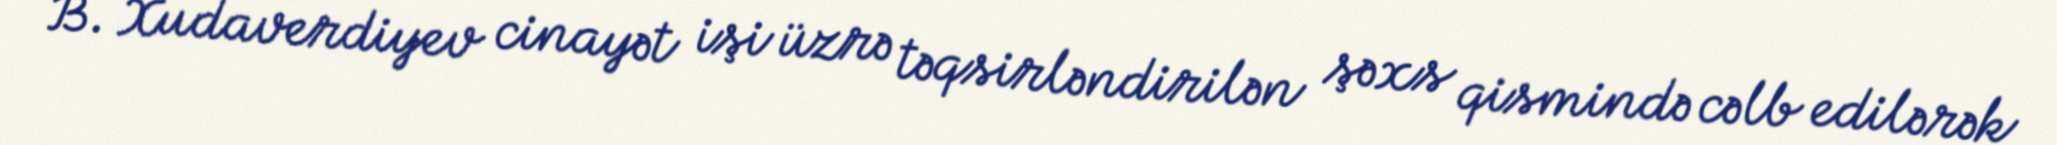
B. Xudaverdiyev cinayət işi üzrə təqsirləndirilən şəxs qismində cəlb edilərək